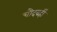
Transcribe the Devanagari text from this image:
चौदवहीं